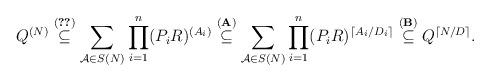
LaTeX: \begin{align*}Q^{(N)} \stackrel{\eqref{symbolic power partition containment 001}}{\subseteq} \sum_{\mathcal{A} \in S(N)} \prod_{i=1}^n (P_i R)^{(A_i)} \stackrel{\mathbf{(A)}}{\subseteq} \sum_{\mathcal{A} \in S(N)} \prod_{i=1}^n (P_i R)^{ \lceil A_i / D_i \rceil } \stackrel{\mathbf{(B)}}{\subseteq} Q^{\lceil N / D \rceil}. \end{align*}